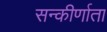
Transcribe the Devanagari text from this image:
सन्कीर्णाता